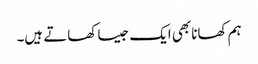
ہم کھانا بھی ایک جیسا کھاتے ہیں۔